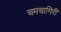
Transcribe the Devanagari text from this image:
चमचागिरी